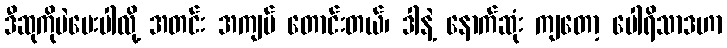
ဒီဆုကိုပဲပေးပါလို့ အတင်း အကျပ် တောင်းတယ်၊ ဒါနဲ့ နောက်ဆုံး ကျတော့ ပေါရိသာဒဟာ